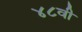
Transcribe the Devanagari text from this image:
४८वी